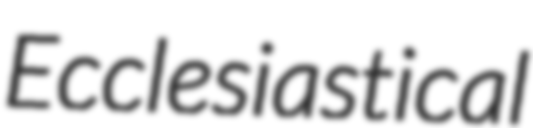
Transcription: Ecclesiastical